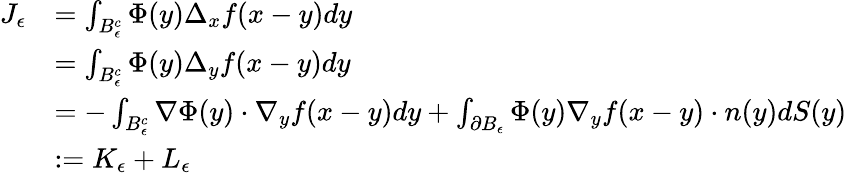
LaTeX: \begin{array}{rl}{J_{\epsilon}}&{=\int_{B_{\epsilon}^{c}}\Phi(y)\Delta_{x}f(x-y)dy}\\ &{=\int_{B_{\epsilon}^{c}}\Phi(y)\Delta_{y}f(x-y)dy}\\ &{=-\int_{B_{\epsilon}^{c}}\nabla\Phi(y)\cdot\nabla_{y}f(x-y)dy+\int_{\partial B_{\epsilon}}\Phi(y)\nabla_{y}f(x-y)\cdot n(y)dS(y)}\\ &{:=K_{\epsilon}+L_{\epsilon}}\end{array}